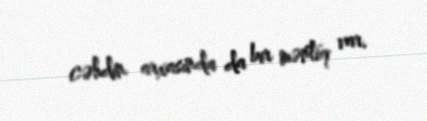
cəhdin arxasında da bir məntiq var.